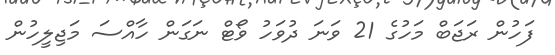
ފަހުން ރަޖަބް މަހުގެ 21 ވަނަ ދުވަހު ވޯޓް ނަގަން ހާއްސަ މަޖިލީހުން